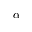
\boldsymbol { \alpha }